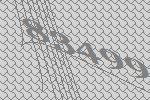
83499